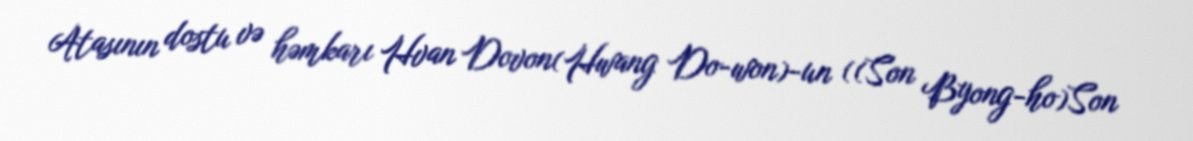
Atasının dostu və həmkarı Hvan Dovon(Hwang Do-won)-un ((Son Byong-ho)Son